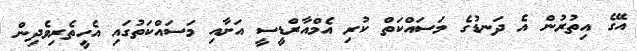
އޭގެ އިތުރުން އެ ދަނޑުގެ މަސައްކަތް ކުރި އެމްއާރްޑީސީ އަށާއި މަސައްކަތުގައި އެހީތެރިވެދިން